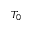
T _ { 0 }